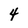
Character: 4